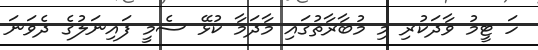
ހަ ޓީމު ވާދަކުރި މި މުބާރާތުގައި މާދަމާ ކުޅޭ ސެމީ ފައިނަލުގެ ދެވަނަ